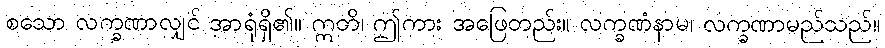
စသော လက္ခဏာလျှင် အာရုံရှိ၏။ ဣတိ၊ ဤကား အဖြေတည်း။ လက္ခဏံနာမ၊ လက္ခဏာမည်သည်။